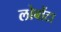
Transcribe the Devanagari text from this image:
लोबोंटा